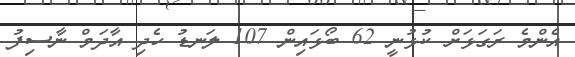
އެންމެ ރަގަޅަށް ކުޅުނީ 62 ބޯޅައިން 107 ލަނޑު ހެދި އާދަމް ނާސިފު